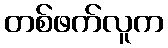
တစ်ဖက်လူက